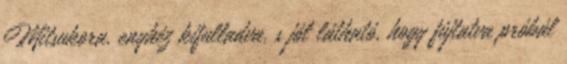
Mitsukora, enyhéz kifulladva, s jól látható, hogy fújtatva próbál